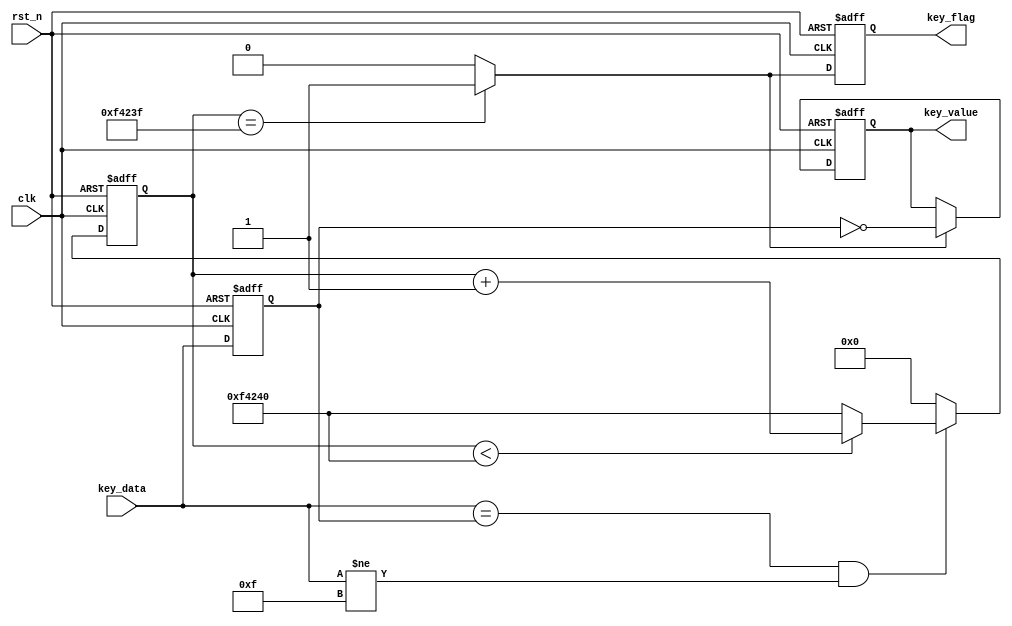
module key_counter_scan
#(
	parameter	KEY_WIDTH = 4
)
(
	//global clock
	input 							clk,
	input 							rst_n,
	
	//key interface
	input 		[KEY_WIDTH-1:0] 	key_data,
	
	//user interface
	output 	reg						key_flag,
	output	reg	[KEY_WIDTH-1:0]		key_value	//H Valid
);

//-----------------------------------
//Register key_data for compare
reg	[KEY_WIDTH-1:0]	key_data_r;
always @(posedge clk or negedge rst_n)
begin
	if(!rst_n)
		key_data_r <= {KEY_WIDTH{1'b1}};
	else
		key_data_r <= key_data;
end


//-----------------------------------
//Delay for 20ms
localparam DELAY_TOP = 20'd1000_000;
//localparam DELAY_TOP = 20'd1000;		//Just for test
reg	[19:0]	delay_cnt;
//-----------------------------------
//Key scan via counter detect.
always @(posedge clk or negedge rst_n)
begin
	if(!rst_n)	
		delay_cnt <= 0;
	else 
		begin
		if((key_data == key_data_r) && (key_data != {KEY_WIDTH{1'b1}}))	//20ms counter jitter
			begin
			if(delay_cnt < DELAY_TOP)
				delay_cnt <= delay_cnt + 1'b1;
			else
				delay_cnt <= DELAY_TOP;
			end
		else
			delay_cnt <= 0;
		end
end


//-----------------------------------
//the complete of key_data capture
wire	key_trigger = (delay_cnt == DELAY_TOP - 1'b1) ? 1'b1 : 1'b0;
	
//-----------------------------------
//output the valid key_value via key_trigger
always@(posedge clk or negedge rst_n)
begin
	if(!rst_n)
		key_value <= {KEY_WIDTH{1'b0}};
	else if(key_trigger)
		key_value <= ~key_data_r;
	else
		key_value <= key_value;
end

//---------------------------------
//Lag 1 clock for valid read enable 
always@(posedge clk or negedge rst_n)
begin
	if(!rst_n)
		key_flag <= 0;
	else
		key_flag <= key_trigger;
end

endmodule